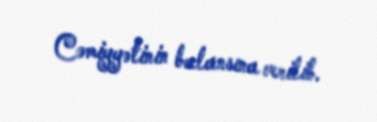
Cəmiyyətinin balansına verilib.